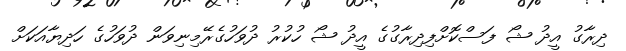
ދިރާގު އީދު ޝޯ ފަސްކޮށްފިދިރާގުގެ އީދު ޝޯ ހުކުރު ދުވަހުގެރޭމިނިވަން ދުވަހުގެ ހަދިޔާއަކަށް